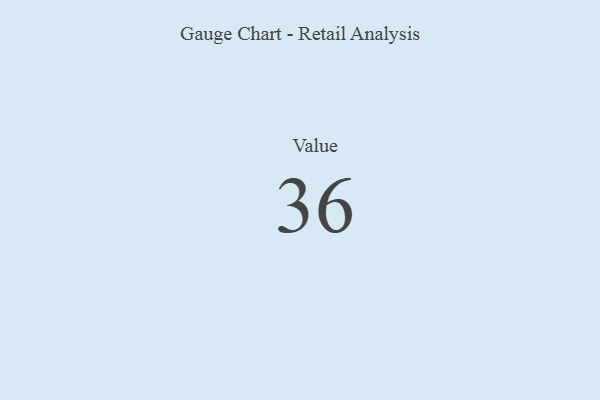
{"axis": {"x": "Metric", "y": "Value"}, "legend": [""], "data": [{"x": "Value", "y": 36, "type": ""}]}